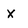
Character: X